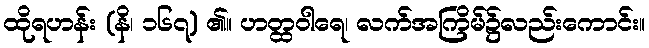
ထိုရဟန်း (နိ၊ ၁၆၇) ၏။ ဟတ္ထဝါရေ၊ လက်အကြိမ်၌လည်းကောင်း။